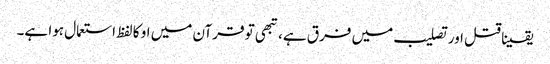
یقینا قتل اور تصلیب میں فرق ہے، تبھی تو قرآن میں او کا لفظ استعمال ہوا ہے۔